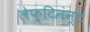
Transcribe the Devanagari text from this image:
लेफ़्टिनंन्ट